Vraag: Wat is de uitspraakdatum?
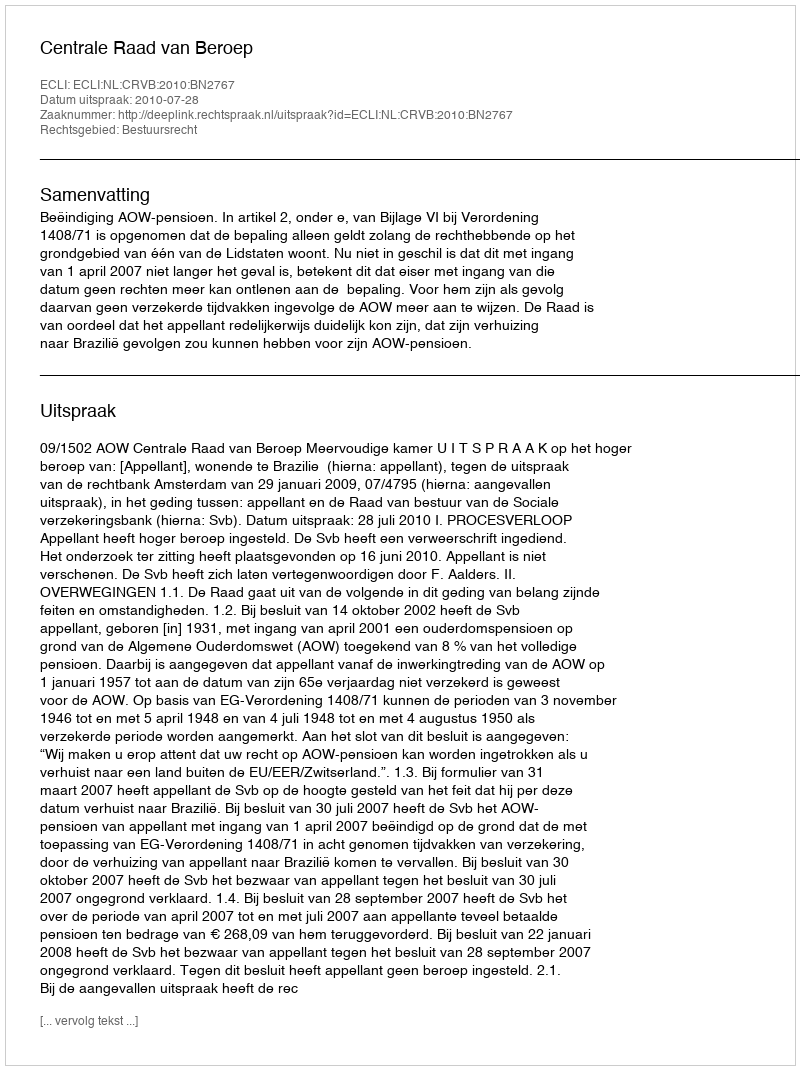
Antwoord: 2010-07-28